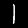
Digit: 1